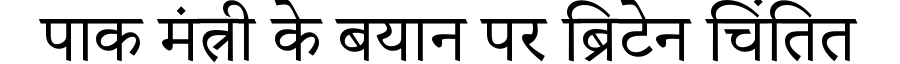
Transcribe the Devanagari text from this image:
पाक मंत्री के बयान पर ब्रिटेन चिंतित